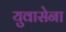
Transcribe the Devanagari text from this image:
युवासेना